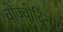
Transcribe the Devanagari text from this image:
वोज्वोदिना